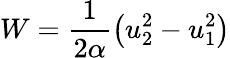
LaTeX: W=\frac{1}{2\alpha}\left(u_{2}^{2}-u_{1}^{2}\right)